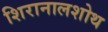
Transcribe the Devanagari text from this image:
शिरानालशोथ